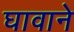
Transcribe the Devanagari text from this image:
घावाने